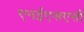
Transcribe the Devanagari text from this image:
एनईएसएसी